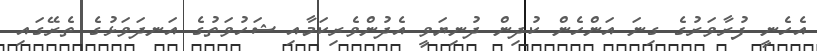
އެހެނީ ފުރާވަރުގެ ގިނަ އަންހެން ކުދިން ދުނިޔަވީ އެދުންވެރިކަމާއި ޝަހުވަތުގެ އަނދަވަޅުގެ ތެރޭގައި